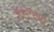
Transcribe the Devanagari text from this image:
हॅस्टॅटस